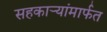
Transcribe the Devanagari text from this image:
सहकार्‍यांमार्फत